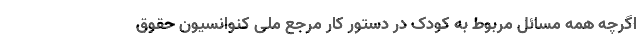
اگرچه همه مسائل مربوط به کودک در دستور کار مرجع ملی کنوانسیون حقوق